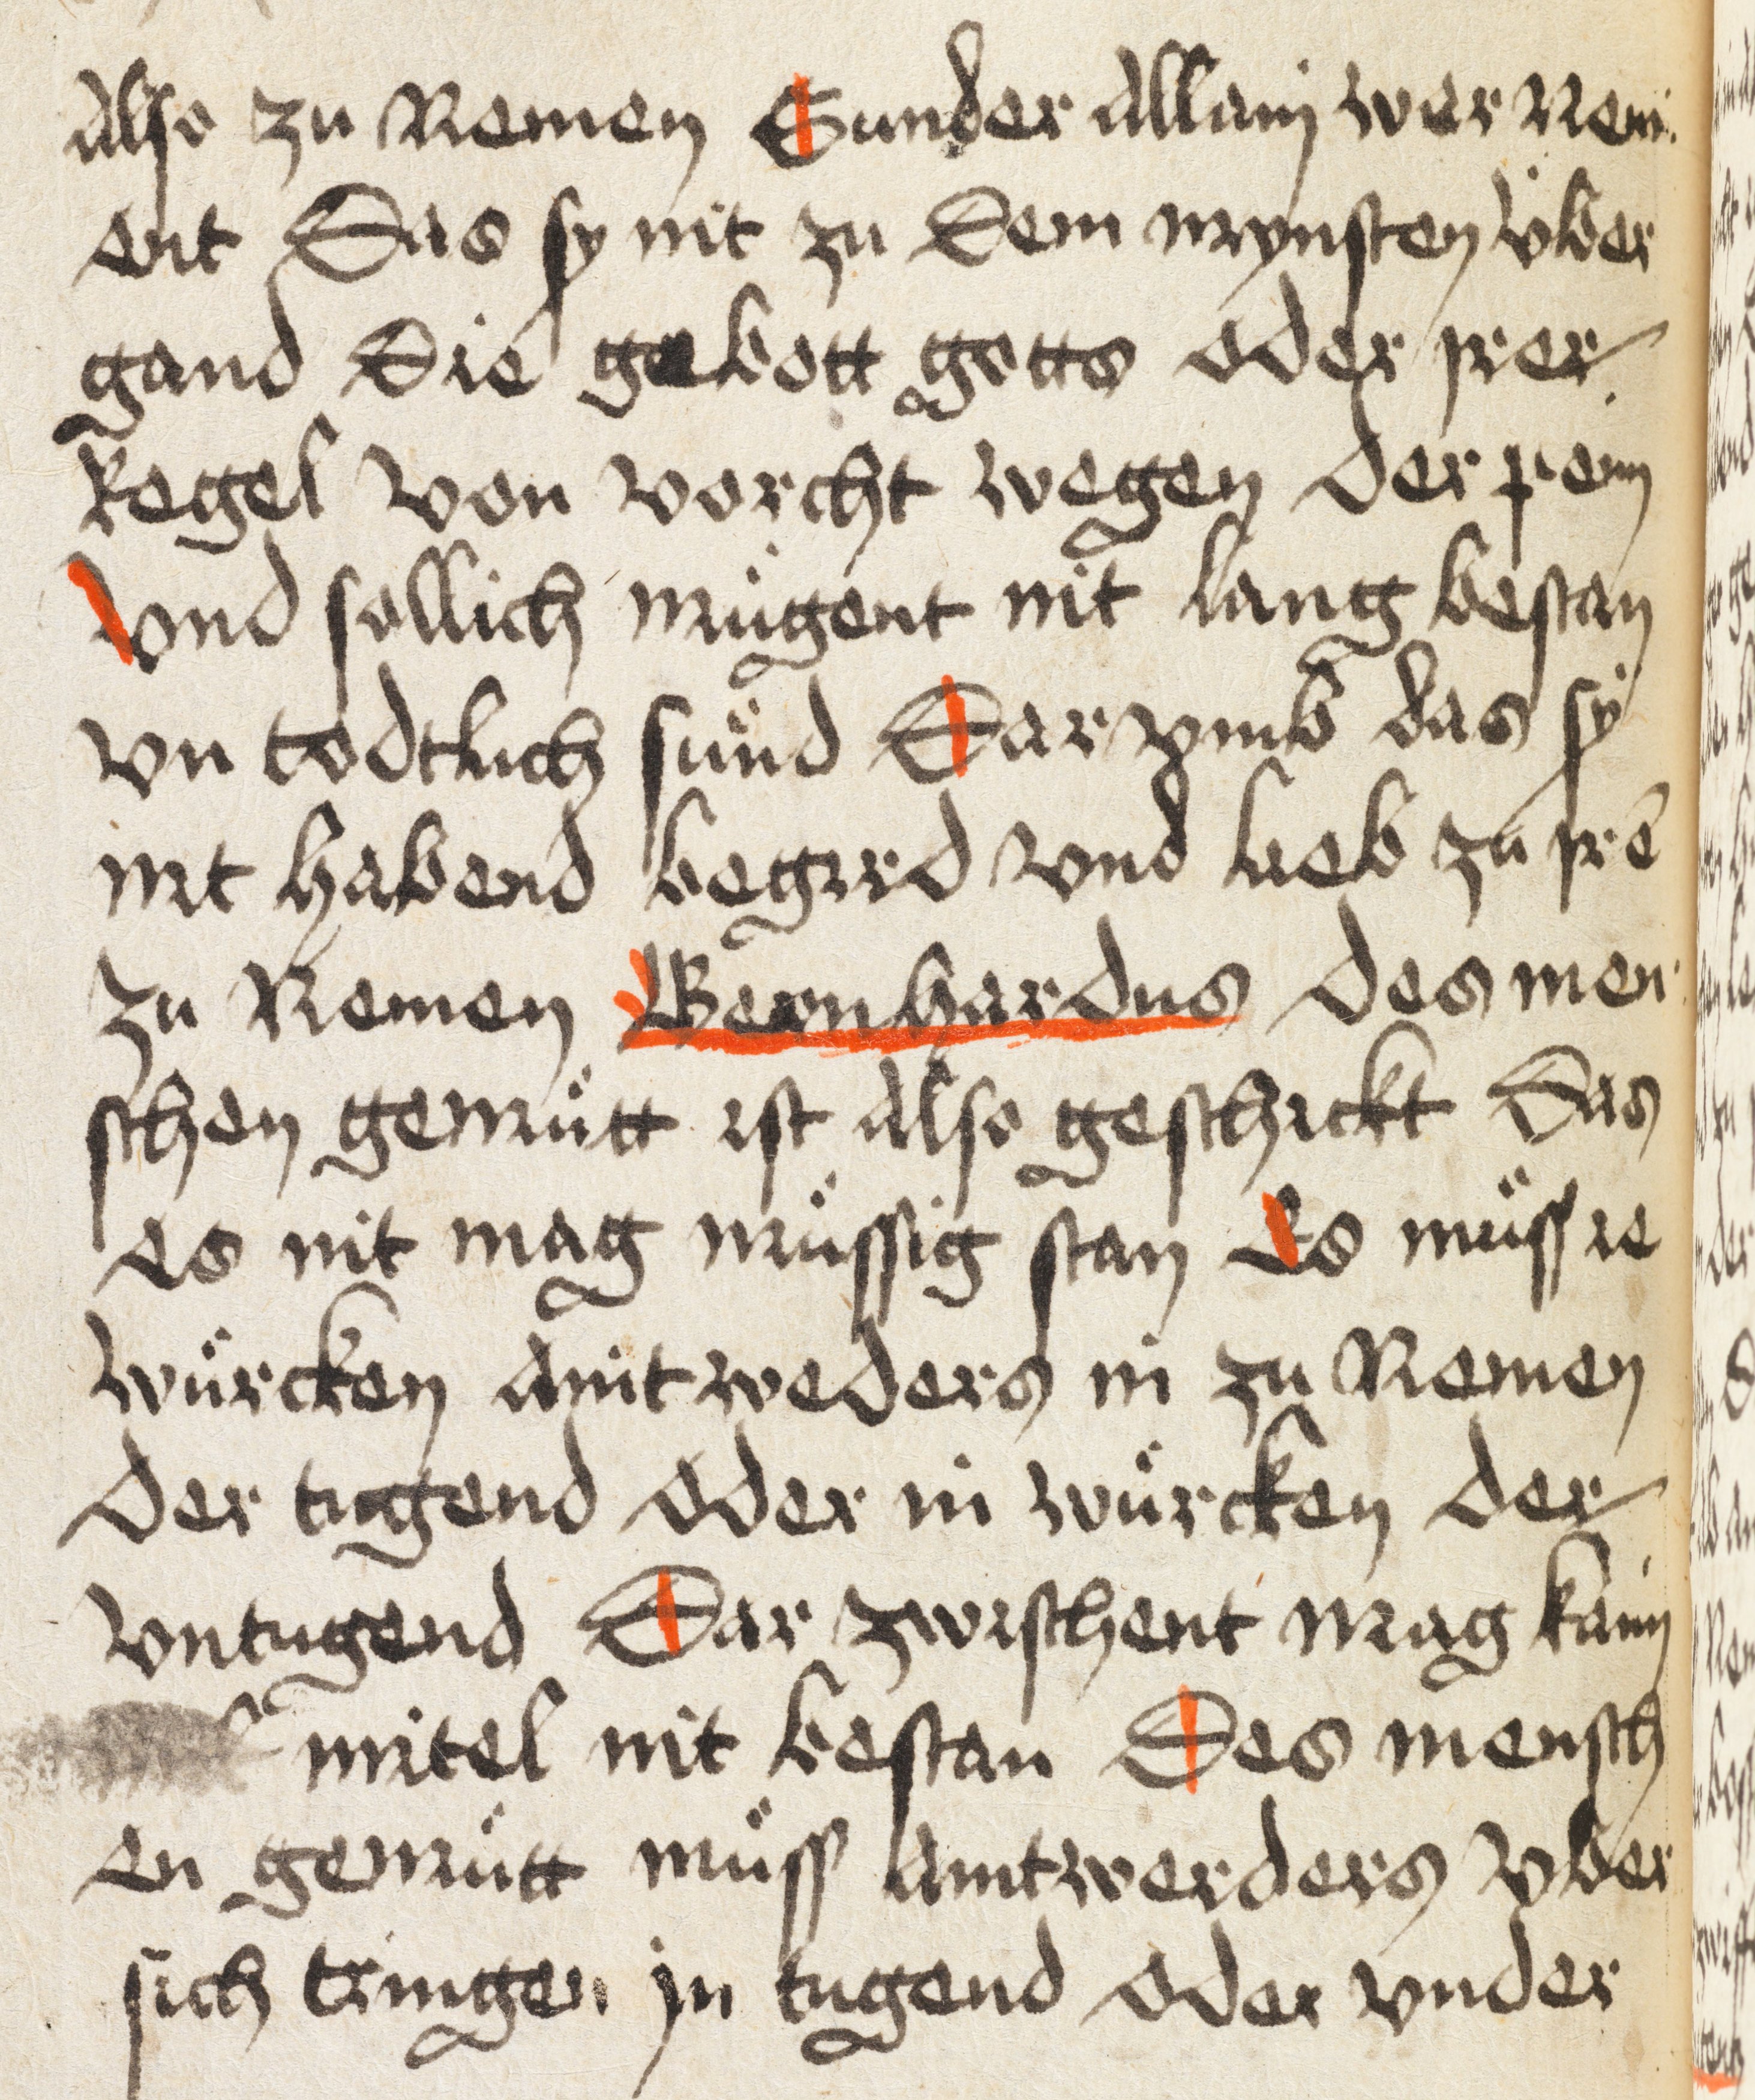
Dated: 1498–1498